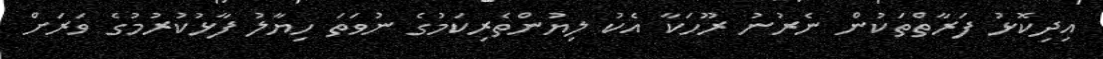
އިދިކޮޅު ފަރާތްތަކުން ނެރުނު ރޫހަކާ އެކު ލިޔުންތެރިކަމުގެ ނުވަތަ ހިޔާލު ފާޅުކުރުމުގެ ވަރަށް